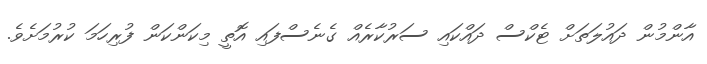
އާންމުން ދައުލަތަށް ޓެކްސް ދައްކައި ސަރުކާރެއް ގެނެސްފައި އޮތީ މިކަންކަން ފުރިހަމަ ކުރުމަށެވެ.